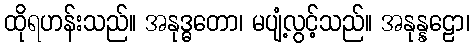
ထိုရဟန်းသည်။ အနုဒ္ဓတော၊ မပျံ့လွင့်သည်။ အနုန္နဠော၊